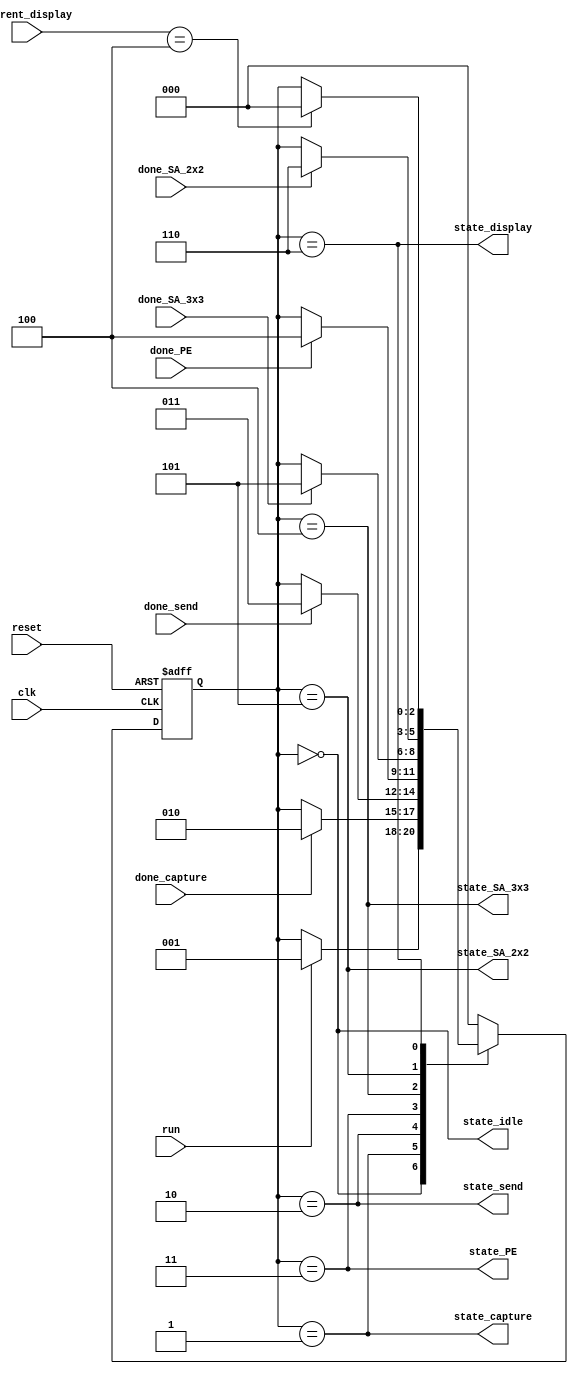
module controller(clk, reset, run, 
done_capture, done_send, done_PE, done_SA_3x3 , done_SA_2x2, current_display, 
state_idle, state_capture, state_send, state_PE, state_SA_3x3, state_SA_2x2, state_display);

	input clk; 
	input reset;
	input run;
	input done_capture;
	input done_send;
	input done_PE;
	input done_SA_3x3;
	input done_SA_2x2;
	input [2:0] current_display;  //S_PE_IDLE = 0, S_PE_DISPLAY = 1, S_3x3_DISPLAY = 2, S_2x2_DISPLAY = 3, S_DONE_DISPLAY = 4;
	
	output state_idle;
	output state_capture;
	output state_send;
	output state_PE;
	output state_SA_3x3;
	output state_SA_2x2;
	output state_display;

	reg	[2:0] state, n_state;
	
	//States
	parameter S_IDLE = 0, S_CAPTURE = 1, S_SEND = 2, S_PE = 3, S_SA_3x3 = 4, S_SA_2x2 = 5, S_DISPLAY = 6;


	//reset and propagation
	always @ (posedge clk or posedge reset) begin
		if (reset == 1'b1)
			state <= S_IDLE;
		else
			state <= n_state;
	end


	//state machine
	always @ (*)
	begin
		n_state = state;
		case (state)
			S_IDLE:
			begin
				if (run == 1'b1)
					n_state = S_CAPTURE;
			end
			S_CAPTURE:
			begin
				if (done_capture == 1'b1)
					n_state = S_SEND;
			end
			S_SEND:
			begin
				if (done_send == 1'b1)
					n_state = S_PE;
			end
			S_PE:
			begin
				if (done_PE == 1'b1)
					n_state = S_SA_3x3;
			end
			S_SA_3x3:
			begin
				if (done_SA_3x3 == 1'b1)
					n_state = S_SA_2x2;
			end
			S_SA_2x2:
			begin
				if (done_SA_2x2 == 1'b1)
					n_state = S_DISPLAY;
			end
			S_DISPLAY:
			begin
				if (current_display == 3'b100)
					n_state = S_IDLE;
			end
			default:
			begin
				n_state = S_IDLE;
			end
		endcase
	end
	
	assign state_idle 	= (state == S_IDLE);
	assign state_capture 	= (state == S_CAPTURE);
	assign state_send 	= (state == S_SEND);
	assign state_PE = (state == S_PE);
	assign state_SA_3x3 	= (state == S_SA_3x3);
	assign state_SA_2x2 	= (state == S_SA_2x2);
	assign state_display 	= (state == S_DISPLAY);
endmodule